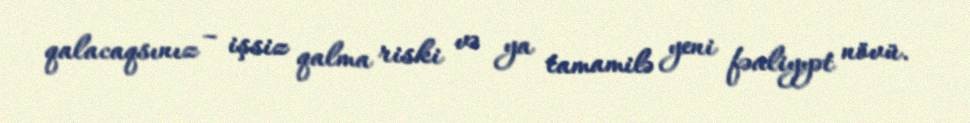
qalacaqsınız – işsiz qalma riski və ya tamamilə yeni fəaliyyət növü.